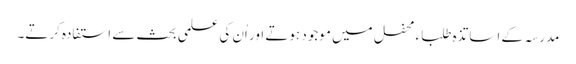
مدرسہ کے اساتذہ طلباء محفل میں موجود ہوتے اور اُن کی علمی بحث سے استفادہ کرتے۔